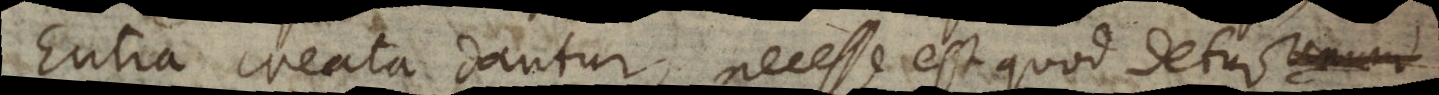
Entia creata dantur, necesse est quod detur